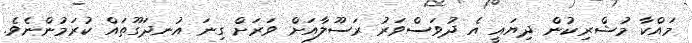
މައްކާ މުޝްރިކުން ދިޔައީ އެ ދުވަސްވަރު ރަސޫލާއަށް ވަރަށް ގިނަ އުނދަގޫތައް ކުރަމުންނެވެ.